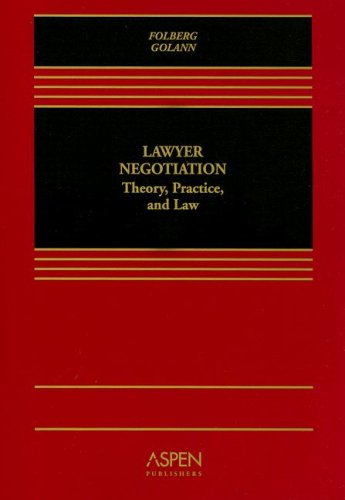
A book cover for Lawyer Negotiation: Theory, Practice, and Law; Professor Jay Folberg; Law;